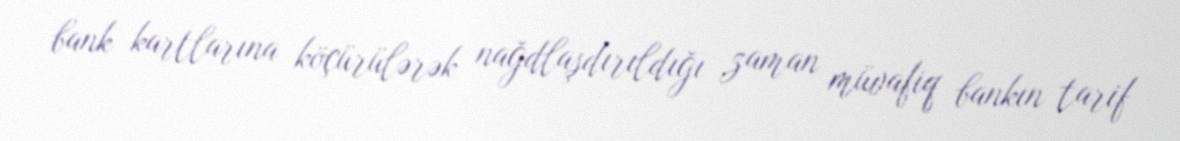
bank kartlarına köçürülərək nağdlaşdırıldığı zaman müvafiq bankın tarif